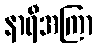
နာရီအကြာ